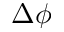
\Delta \phi